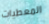
المعطيات